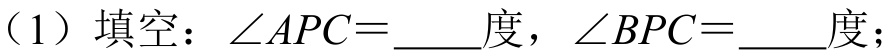
（1）填空：$\angle APC = \underline{\quad\quad}度，\angle BPC=\underline{\quad\quad}度；$